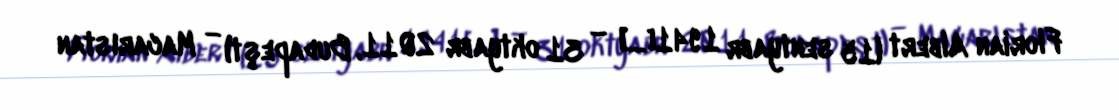
Florian Albert (15 sentyabr 1941[…] – 31 oktyabr 2011, Budapeşt) — Macarıstan